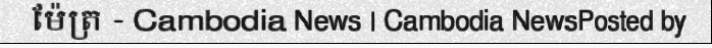
ម៉ែត្រ - Cambodia News | Cambodia NewsPosted by